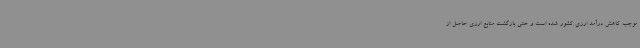
موجب کاهش درآمد ارزی کشور شده است و حتی بازگشت منابع ارزی حاصل از